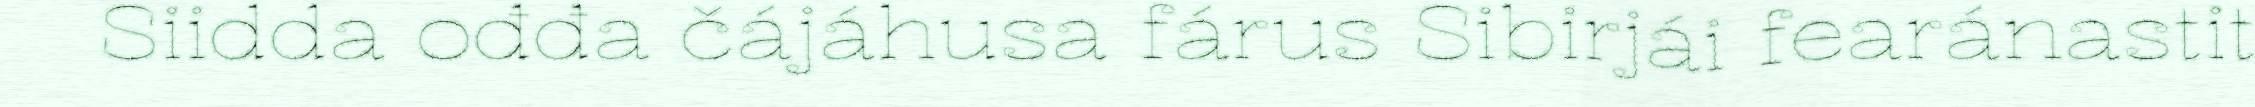
Siidda ođđa čájáhusa fárus Sibirjái fearánastit